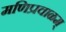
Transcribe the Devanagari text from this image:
मणिप्रवाळम्